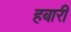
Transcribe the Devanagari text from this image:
हबारी